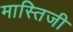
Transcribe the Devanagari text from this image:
मास्तिजी